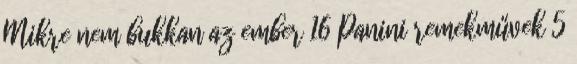
Mikre nem bukkan az ember 16 Panini remekművek 5